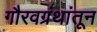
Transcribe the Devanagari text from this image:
गौरवग्रंथांतून